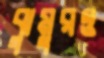
ঝুমুরও